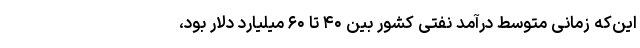
این‌که زمانی متوسط درآمد نفتی کشور بین ۴۰ تا ۶۰ میلیارد دلار بود،